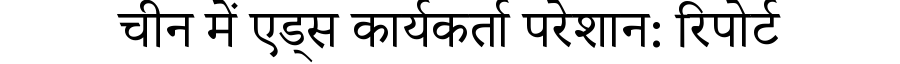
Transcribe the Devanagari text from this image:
चीन में एड्स कार्यकर्ता परेशान: रिपोर्ट